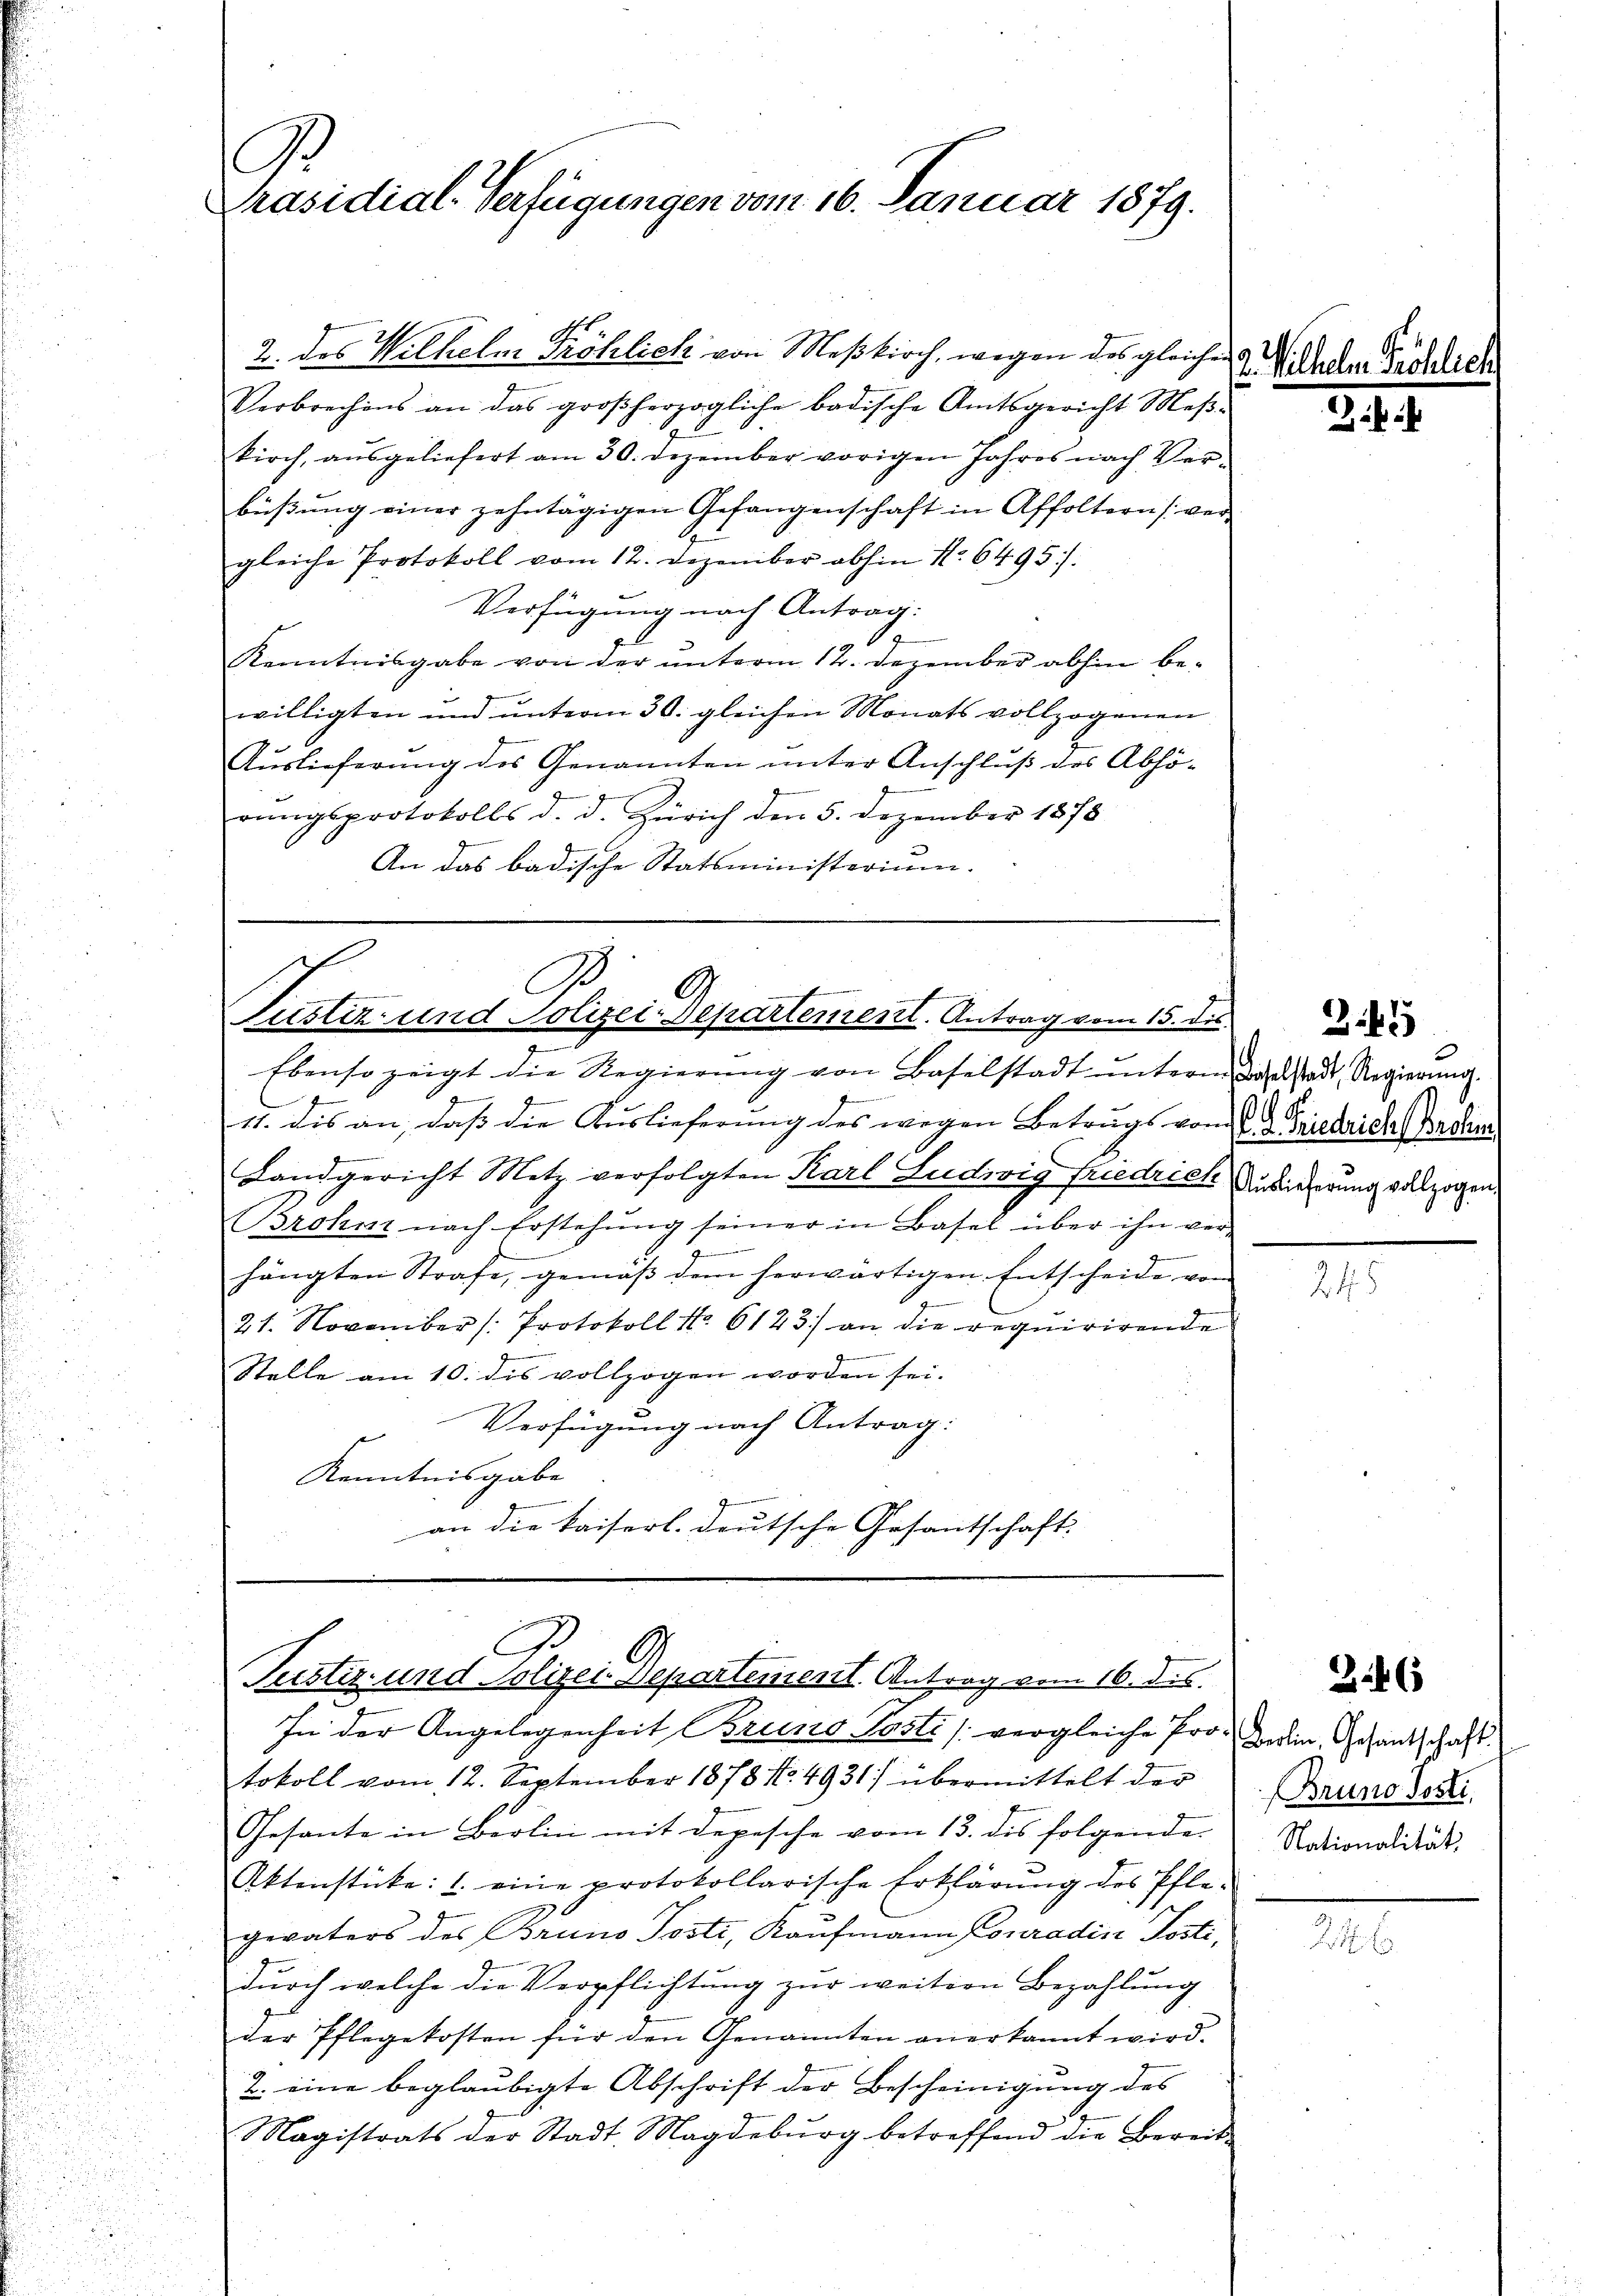
G.
Präsidial-Verfügungen vom 16. Januar 1879.

2. des Wilhelm Fröhlich von Meßkirch, wegen des gleichen
Verbrechens an das großherzogliche badische Amtsgericht Meβ-
kirch, aŭsgeliefert am 30. Dezember vorigen Jahres nach Ver-
büβŭng einer zehntägigen Gefangenschaft in Affoltern ver-
gleiche Protokoll vom 12. Dezember abhin Nr. 6495.
Verfügung nach Antrag:
2
Kenntnisgabe von der unterm 12. Dezember abhin be-
willigten und unterm 30. gleichen Monats vollzogenen
Auslieferung des Genannten unter Anschluß des Abhö-
rŭngsprotokolls d. d. Zürich den 5. Dezember 1878
An das badische Statsministerium.

.
Zustiz- und Polizei-Departementl. Antrag vom 15. dis

Ebenso zeigt die Regierŭng von Baselstadt ŭnterm Baselstadt, Regierŭng.
b
11. dis an, daβ die Aŭslieferŭng des wegen Betrugs vom 2. 2. Friedrich Bestim
Landgericht Metz verfolgten Karl Ludwig Friedrich Ansiederung vollzogen.
Brohm nach Erstehŭng seiner in Basel über ihn ver-

g
hängten Strafe, gemäß dem herwärtigen Entscheide vom
21. November (: Protokoll No 6123) an die requirirende
Stelle am 10. des vollzogen worden sei.
Verfügung nach Antrag:
Kenntnisgabe
an die kaiserl. deutsche Gesantschaft.

Justiz- und Polizei Departement. Antrag vom 16. des.

In der Angelegenheit Bruno Posti [vergleiche Pro Dein Gesandschaft
tokoll vom 12. September 1878 No. 4931) übermittelt der
Gesante in Berlin mit Depesche vom 13. des folgende
Aktenstücke: 1. eine protokollarische Erklärŭng des Pfle-
gevaters des Bruno Posti, Kaufmann Conradin Posti,
durch welche die Verpflichtung zur weitern Bezahlung
der Pflegekosten für den Genannten anerkannt wird.
2. eine beglaubigte Abschrift der Bescheinigung des
Magistrats der Stadt Magdeburg betreffend die Bereit

2. Wilhel

2.

24.

.

345

246

2

Bruno sosti,
Nationalität